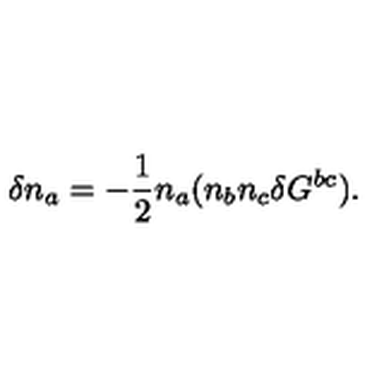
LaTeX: \delta n _ { a } = - \frac { 1 } { 2 } n _ { a } ( n _ { b } n _ { c } \delta G ^ { b c } ) .